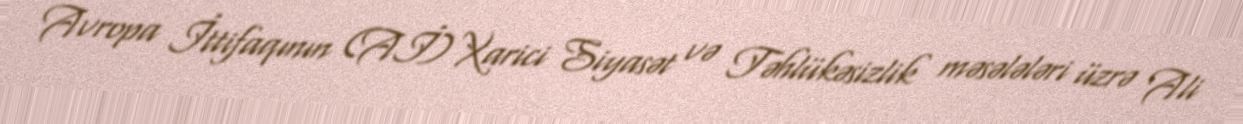
Avropa İttifaqının (Aİ) Xarici Siyasət və Təhlükəsizlik məsələləri üzrə Ali